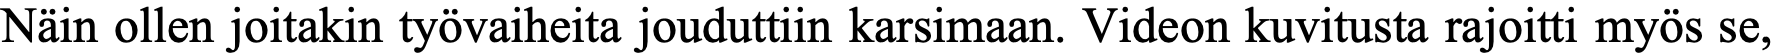
Näin ollen joitakin työvaiheita jouduttiin karsimaan. Videon kuvitusta rajoitti myös se,